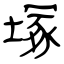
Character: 塚